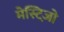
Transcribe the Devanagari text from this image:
मेस्टिजो़